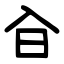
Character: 㒲